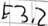
Text: E3.2